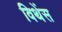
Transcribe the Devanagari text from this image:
विथेंस